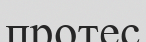
протес